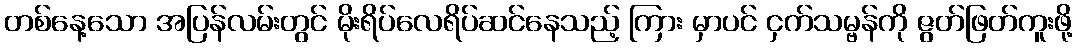
တစ်နေ့သော အပြန်လမ်းတွင် မိုးရိပ်လေရိပ်ဆင်နေသည့် ကြား မှာပင် ငှက်သမ္ဗန်ကို ဇွတ်ဖြတ်ကူးဖို့